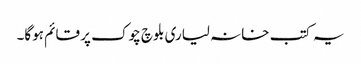
یہ کتب خانہ لیاری بلوچ چوک پر قائم ہوگا۔